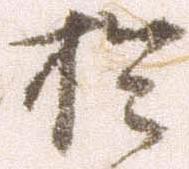
於